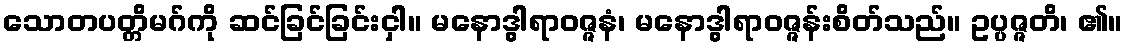
သောတပတ္တိမဂ်ကို ဆင်ခြင်ခြင်းငှါ။ မနောဒွါရာဝဇ္ဇနံ၊ မနောဒွါရာဝဇ္ဇန်းစိတ်သည်။ ဥပ္ပဇ္ဇတိ၊ ၏။